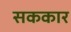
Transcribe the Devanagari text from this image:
सककार